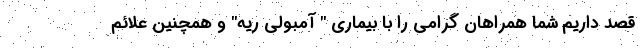
قصد داریم شما همراهان گرامی را با بیماری " آمبولی ریه" و همچنین علائم